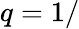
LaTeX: q=1/